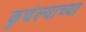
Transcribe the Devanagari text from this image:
कुचंल्याच्या